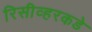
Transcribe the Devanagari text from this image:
रिसीव्हरकडे